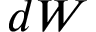
d \boldsymbol { W }